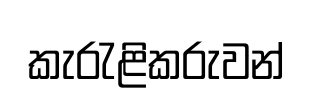
කැරැළිකරුවන්